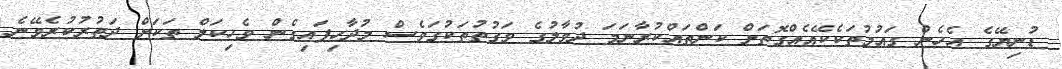
ޑުނިޔޭގެ އެހެން ގައުމުތަކެކޭއެއްގޮތަށް ކަންތައްކުރާނަމަ ދުވާލުގެ ވަގުތުތަކުގަވެސް މުދާހިފައިގެން ވެހިކަލް ތަކަށް ދަތުރުކުރެވޭނެ